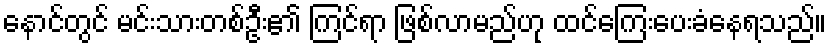
နောင်တွင် မင်းသားတစ်ဦး၏ ကြင်ရာ ဖြစ်လာမည်ဟု ထင်ကြေးပေးခံနေရသည်။